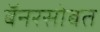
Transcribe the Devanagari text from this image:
बॅनरसोबत